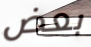
بعض